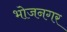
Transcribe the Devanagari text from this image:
भोजनगर